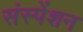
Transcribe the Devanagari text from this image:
संस्पेंशन